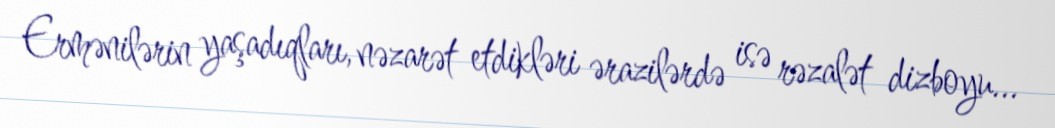
Ermənilərin yaşadıqları, nəzarət etdikləri ərazilərdə isə rəzalət dizboyu...